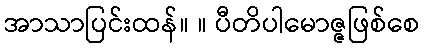
အာသာပြင်းထန်။ ။ ပီတိပါမောဇ္ဇဖြစ်စေ